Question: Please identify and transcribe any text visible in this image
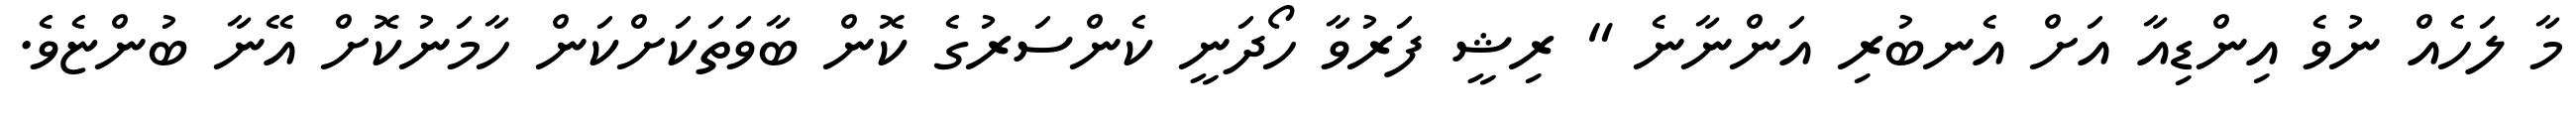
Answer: މާ ލަހެއް ނުވެ އިންޑިއާ އަށް އެނބުރި އަންނާނެ " ރިޝީ ފަރުވާ ހޯދަނީ ކެންސަރުގެ ކޮން ބާވަތަކަށްކަން ހާމަނުކޮށް އޭނާ ބުންޏެވެ.